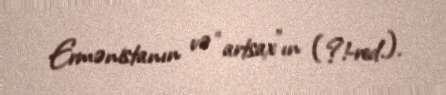
Ermənistanın və “artsax”ın (?!-red.).